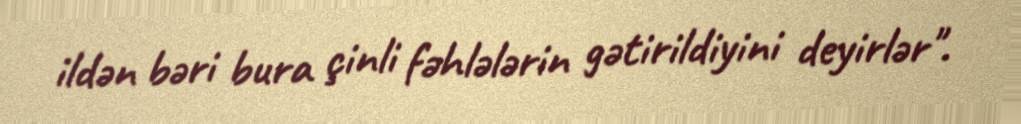
ildən bəri bura çinli fəhlələrin gətirildiyini deyirlər".